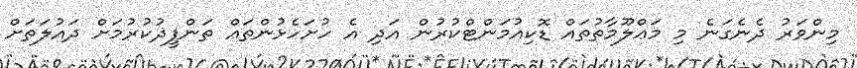
މިންވަރު ދެނެގަނެ މި މަޢްލޫމާތުތައް ޑޮކިއުމަންޓްކުރުން އަދި އެ ހުށަހެޅުންތައް ތަންފީޛުކުރުމަށް ދައުލަތަށް